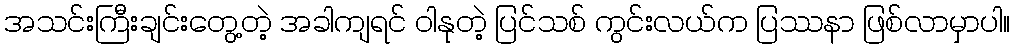
အသင်းကြီးချင်းတွေ့တဲ့ အခါကျရင် ဝါနုတဲ့ ပြင်သစ် ကွင်းလယ်က ပြဿနာ ဖြစ်လာမှာပါ။